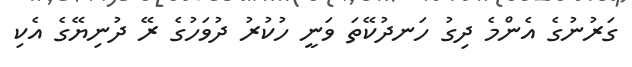
ގަރުނުގެ އެންމެ ދިގު ހަނދުކޭތަ ވަނީ ހުކުރު ދުވަހުގެ ރޭ ދުނިޔޭގެ އެކި